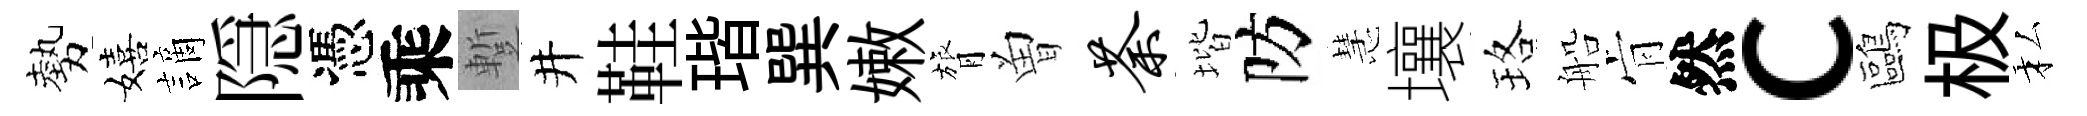
勢嬉謫隠憑乘蹔井鞋瑎巽嫩膂曽荼堦防慧壤珞船肻然c鷗极私